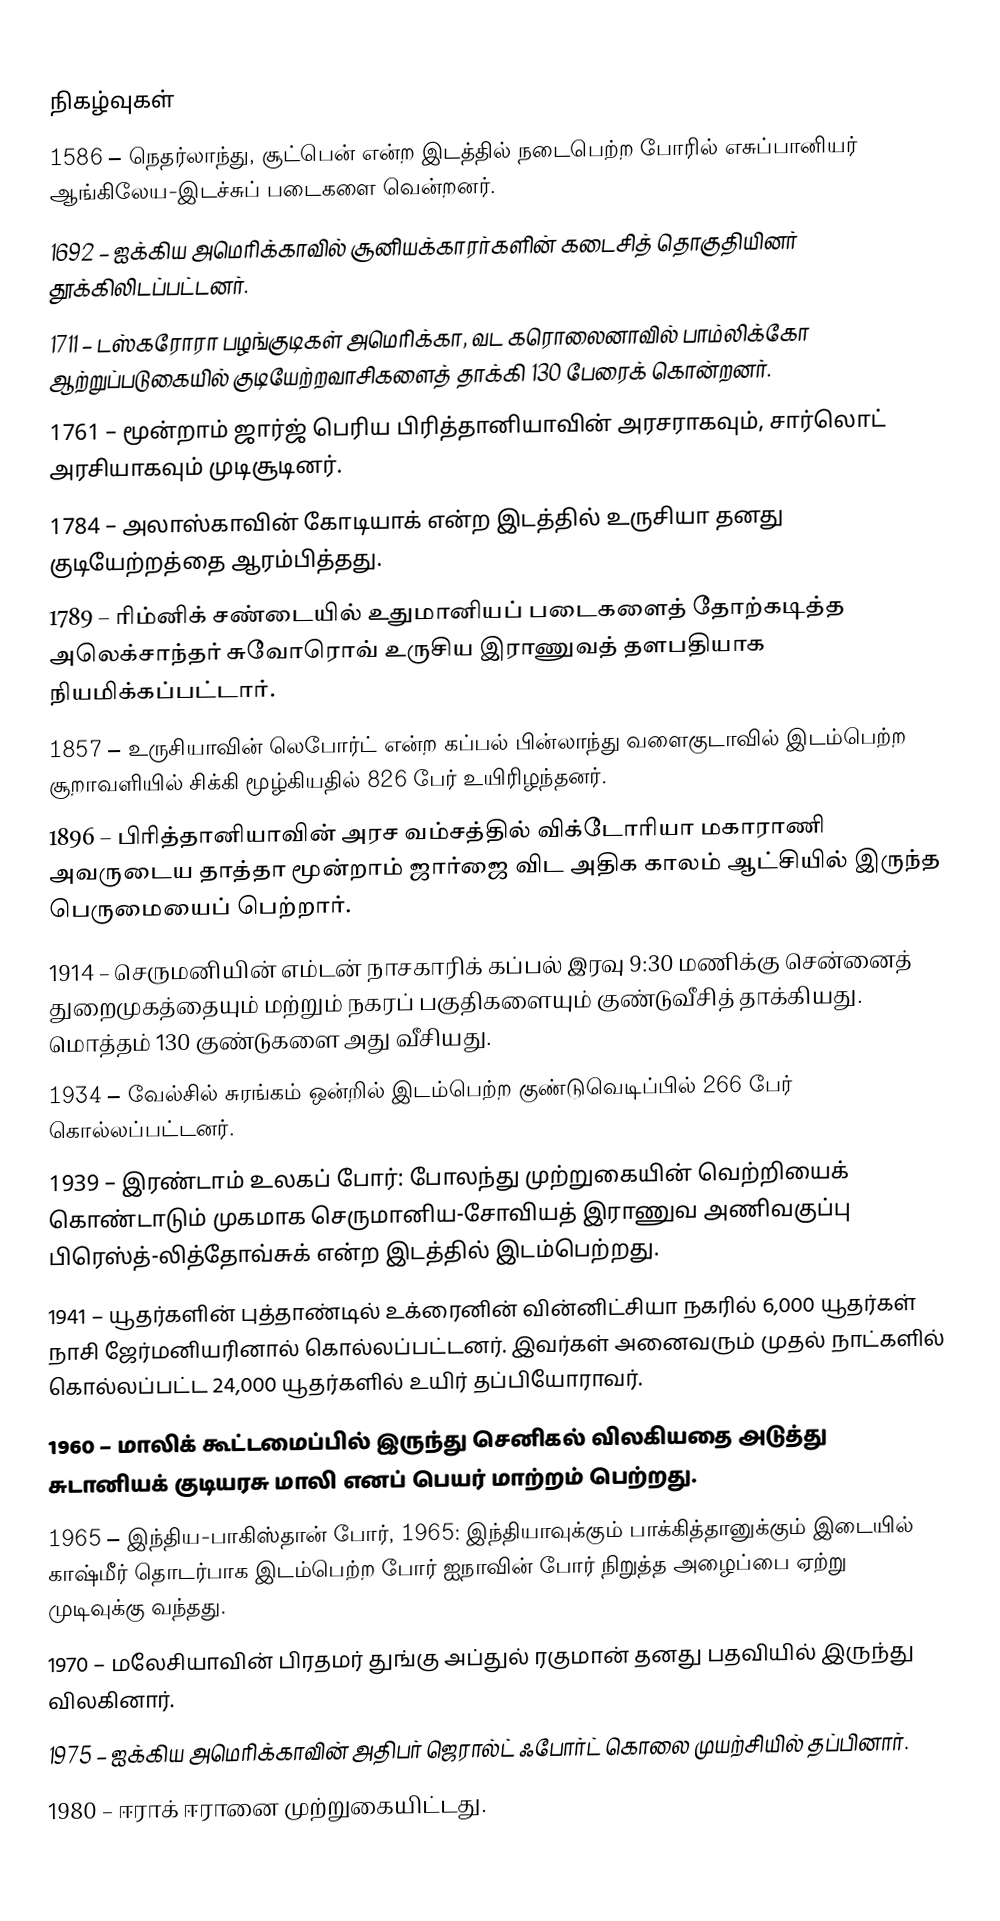

நிகழ்வுகள்
1586 – நெதர்லாந்து, சூட்பென் என்ற இடத்தில் நடைபெற்ற போரில் எசுப்பானியர் ஆங்கிலேய-இடச்சுப் படைகளை வென்றனர்.
1692 – ஐக்கிய அமெரிக்காவில் சூனியக்காரர்களின் கடைசித் தொகுதியினர் தூக்கிலிடப்பட்டனர்.
1711 – டஸ்கரோரா பழங்குடிகள் அமெரிக்கா, வட கரொலைனாவில் பாம்லிக்கோ ஆற்றுப்படுகையில் குடியேற்றவாசிகளைத் தாக்கி 130 பேரைக் கொன்றனர்.
1761 – மூன்றாம் ஜார்ஜ் பெரிய பிரித்தானியாவின் அரசராகவும், சார்லொட் அரசியாகவும் முடிசூடினர்.
1784 – அலாஸ்காவின் கோடியாக் என்ற இடத்தில் உருசியா தனது குடியேற்றத்தை ஆரம்பித்தது.
1789 – ரிம்னிக் சண்டையில் உதுமானியப் படைகளைத் தோற்கடித்த அலெக்சாந்தர் சுவோரொவ் உருசிய இராணுவத் தளபதியாக நியமிக்கப்பட்டார்.
1857 – உருசியாவின் லெபோர்ட் என்ற கப்பல் பின்லாந்து வளைகுடாவில் இடம்பெற்ற சூறாவளியில் சிக்கி மூழ்கியதில் 826 பேர் உயிரிழந்தனர்.
1896 – பிரித்தானியாவின் அரச வம்சத்தில் விக்டோரியா மகாராணி அவருடைய தாத்தா மூன்றாம் ஜார்ஜை விட அதிக காலம் ஆட்சியில் இருந்த பெருமையைப் பெற்றார்.
1914 – செருமனியின் எம்டன் நாசகாரிக் கப்பல் இரவு 9:30 மணிக்கு சென்னைத் துறைமுகத்தையும் மற்றும் நகரப் பகுதிகளையும் குண்டுவீசித் தாக்கியது. மொத்தம் 130 குண்டுகளை அது வீசியது.
1934 – வேல்சில் சுரங்கம் ஒன்றில் இடம்பெற்ற குண்டுவெடிப்பில் 266 பேர் கொல்லப்பட்டனர்.
1939 – இரண்டாம் உலகப் போர்: போலந்து முற்றுகையின் வெற்றியைக் கொண்டாடும் முகமாக செருமானிய-சோவியத் இராணுவ அணிவகுப்பு பிரெஸ்த்-லித்தோவ்சுக் என்ற இடத்தில் இடம்பெற்றது.
1941 – யூதர்களின் புத்தாண்டில் உக்ரைனின் வின்னிட்சியா நகரில் 6,000 யூதர்கள் நாசி ஜேர்மனியரினால் கொல்லப்பட்டனர். இவர்கள் அனைவரும் முதல் நாட்களில் கொல்லப்பட்ட 24,000 யூதர்களில் உயிர் தப்பியோராவர்.
1960 – மாலிக் கூட்டமைப்பில் இருந்து செனிகல் விலகியதை அடுத்து சுடானியக் குடியரசு மாலி எனப் பெயர் மாற்றம் பெற்றது.
1965 – இந்திய-பாகிஸ்தான் போர், 1965: இந்தியாவுக்கும் பாக்கித்தானுக்கும் இடையில் காஷ்மீர் தொடர்பாக இடம்பெற்ற போர் ஐநாவின் போர் நிறுத்த அழைப்பை ஏற்று முடிவுக்கு வந்தது.
1970 – மலேசியாவின் பிரதமர் துங்கு அப்துல் ரகுமான் தனது பதவியில் இருந்து விலகினார்.
1975 – ஐக்கிய அமெரிக்காவின் அதிபர் ஜெரால்ட் ஃபோர்ட் கொலை முயற்சியில் தப்பினார்.
1980 – ஈராக் ஈரானை முற்றுகையிட்டது.